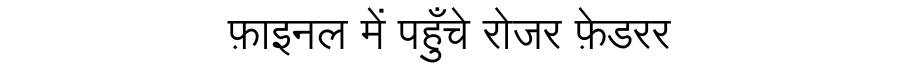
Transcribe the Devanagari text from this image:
फ़ाइनल में पहुँचे रोजर फ़ेडरर